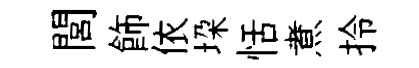
閭飾依垜恬煮拎